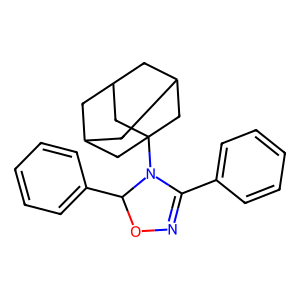
SMILES: c1ccc(C2=NOC(c3ccccc3)N2C23CC4CC(CC(C4)C2)C3)cc1
Inhibits HIV replication: No